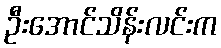
ဦးအောင်သိန်းလင်းက